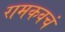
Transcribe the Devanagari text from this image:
रामकवचं